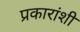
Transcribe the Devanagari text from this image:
प्रकारांशी